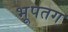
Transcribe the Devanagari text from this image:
भूपतग